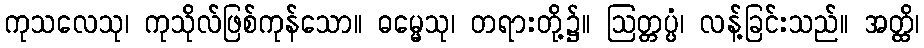
ကုသလေသု၊ ကုသိုလ်ဖြစ်ကုန်သော။ ဓမ္မေသု၊ တရားတို့၌။ ဩတ္တပ္ပံ၊ လန့်ခြင်းသည်။ အတ္ထိ၊